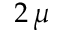
2 \, \mu